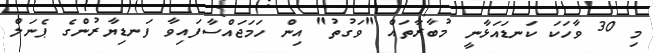
މި 30 ވާހަކަ ކަނޑައަޅާނީ މުބާރާތައް "ވަގުތު" އިން ހަމަޖައްސާފައިވާ ފަނޑިޔާރުންގެ ޕެނަލް